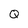
Character: Q